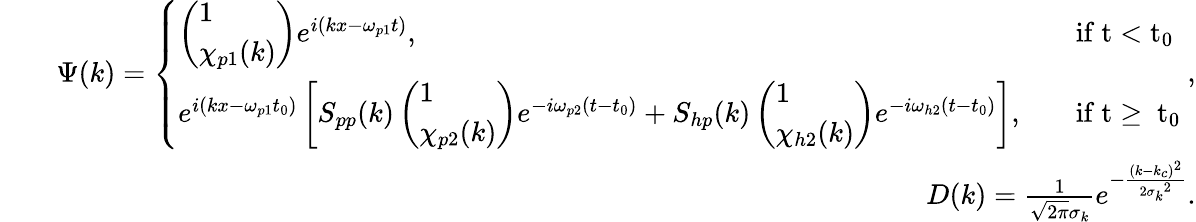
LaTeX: \begin{array}{rlr}&{}&{\Psi(k)=\left\{ \begin{array}{ll}{\left(\begin{array}{l}{1}\\ {\chi_{p1}(k)}\end{array}\right)e^{i(kx-\omega_{p1}t)},}&{\quad\mathrm{if~t<t_0~}}\\ {e^{i(kx-\omega_{p1}t_{0})}\left[S_{pp}(k)\left(\begin{array}{l}{1}\\ {\chi_{p2}(k)}\end{array}\right)e^{-i\omega_{p2}(t-t_{0})}+S_{hp}(k)\left(\begin{array}{l}{1}\\ {\chi_{h2}(k)}\end{array}\right)e^{-i\omega_{h2}(t-t_{0})}\right],}&{\quad\mathrm{if~t\ge~t_0~}}\end{array}\right.,}\\ &{}&{D(k)=\frac{1}{\sqrt{2\pi}\sigma_{k}}e^{-\frac{\left(k-k_{c}\right)^{2}}{2{\sigma_{k}}^{2}}}.}\end{array}